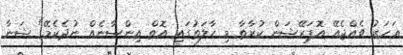
އަހަރު ވެއްޖެއޭ އޮޕަރޭޝަން ކުރާތާ މި ހާލަތުގައި އޮތް އިންސާނެއް ނުދެކެމޭ" ޝަނާ